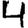
Digit: 4